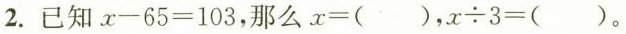
2.已知$$x-65=103$$，那么$$x=（）$$，$$x÷3=（）$$。